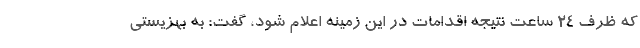
که ظرف 24 ساعت نتیجه اقدامات در این زمینه اعلام شود، گفت: به بهزیستی